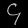
Digit: ၄